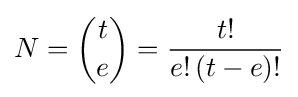
N={t \choose e}={t! \over {e!\,(t-e)!}}